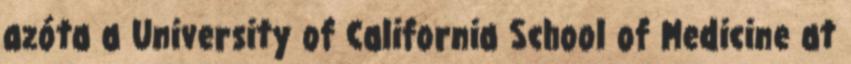
azóta a University of California School of Medicine at